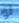
لو